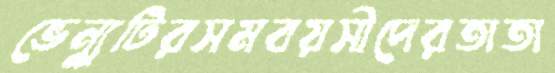
ভেন্যুটিরসমবয়সীদেরতাতা